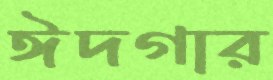
ঈদগার